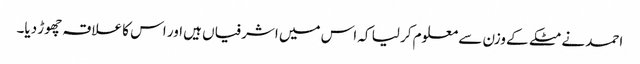
احمد نے مٹکے کے وزن سے معلوم کر لیا کہ اس میں اشرفیاں ہیں اور اس کا علاقہ چھوڑ دیا۔